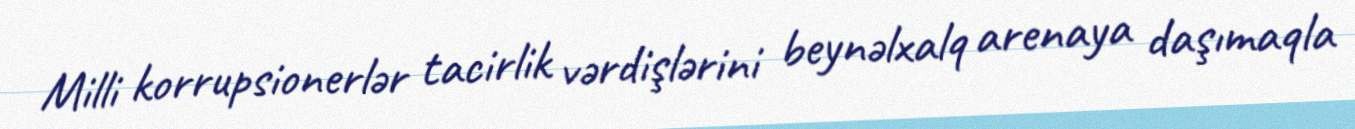
Milli korrupsionerlər tacirlik vərdişlərini beynəlxalq arenaya daşımaqla